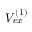
V _ { e x } ^ { ( 1 ) }